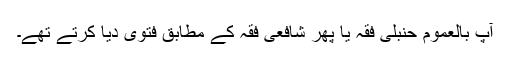
آپ بالعموم حنبلی فقہ یا پھر شافعی فقہ کے مطابق فتویٰ دیا کرتے تھے۔